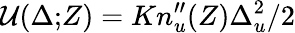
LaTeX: {\cal U}(\Delta;\! Z)=Kn_{u}^{\prime\prime}(Z)\Delta_{u}^{2}/2